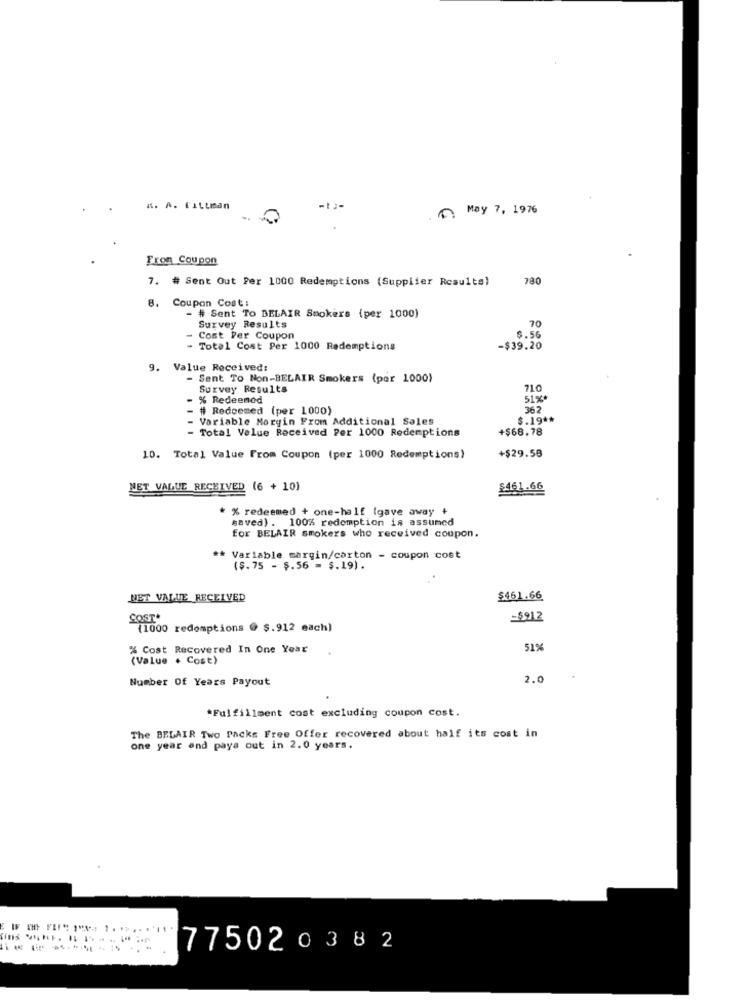
K. A. FILLman
May 7, 1976
Fron Coupon
7. # Sent Out Per 1000 Redemptions (Supplier Results)
780
Coupon Cost:
# Sent To BELAIR Smokers (per 1000)
70
Survey Results
Cost Per Coupon
$.56
Total Cost Per 1000 Redemptions
-$39.20
9. Value Received:
- Sent To Non-BELAIR Smokers (par 1000)
Survey Results
710
- % Redeemod
51%*
- # Redeemed (per 1000)
362
- Variable Moryin From Additional Sales
$.19 **
- Total Value Received Per 1000 Redemptions
+$68.78
+$29.58
10. Total Value From Coupon (per 1000 Redemptions)
NET VALUE RECEIVED (6 + 10)
$461.66
* % redeemed + one-half (gave away +
saved). 100% redemption is assumed
for BELAIR smokers who received coupon.
** Variable margin/carton - coupon cost
($.75 - $.56 = $.19).
NET VALUE RECEIVED
$461.66
COST.
-$912
(1000 redemptions @ $.912 each)
% Cost Recovered In One Year
51%
(Value . Cost)
Number Of Years Payout
2.0
*Fulfillment cost excluding coupon cost.
The BELAIR Two Packs Free Offer recovered about half its cost in
one year end pays out in 2.0 years.
775020382